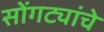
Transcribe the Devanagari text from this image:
सोंगट्यांचे